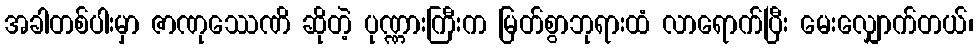
အခါတစ်ပါးမှာ ဇာဏုဿေဏိ ဆိုတဲ့ ပုဏ္ဏားကြီးက မြတ်စွာဘုရားထံ လာရောက်ပြီး မေးလျှောက်တယ်၊